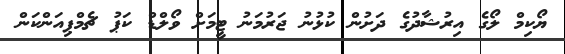
ޔޯކިމް ލޯގެ އިރުޝާދުގެ ދަށުން ކުޅުނު ޖަރުމަނު ޓީމަށް ވޯލްޑް ކަޕު ޗެމްޕިއަންކަން